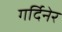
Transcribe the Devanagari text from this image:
गर्दिनेर